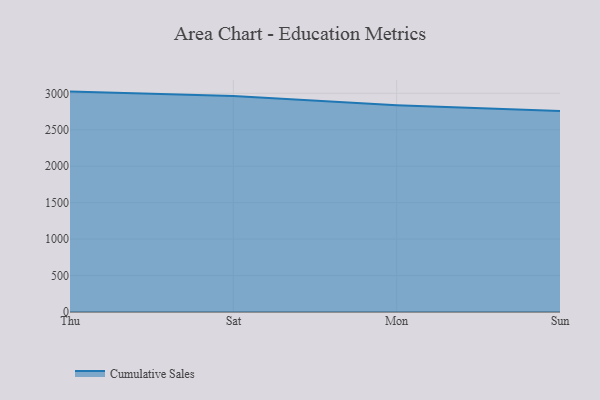
{"axis": {"x": "Day", "y": "Net Income (USD K)"}, "legend": ["Cumulative Sales"], "data": [{"x": "Thu", "y": 3023.6, "type": "Cumulative Sales"}, {"x": "Sat", "y": 2963.5, "type": "Cumulative Sales"}, {"x": "Mon", "y": 2837.3, "type": "Cumulative Sales"}, {"x": "Sun", "y": 2758.3, "type": "Cumulative Sales"}]}